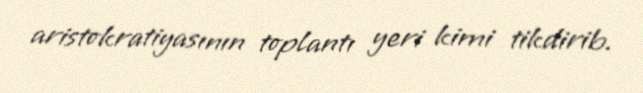
aristokratiyasının toplantı yeri kimi tikdirib.